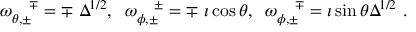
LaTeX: \omega _ { \theta , \pm } ^ { ~ ~ ~ \mp } = \mp ~ \Delta ^ { 1 / 2 } , \; \; \omega _ { \phi , \pm } ^ { ~ ~ ~ \pm } = \mp ~ \imath \cos { \theta } , \; \; \omega _ { \phi , \pm } ^ { ~ ~ ~ \mp } = \imath \sin { \theta } \Delta ^ { 1 / 2 } ~ .